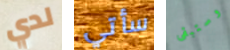
لدي سأتي وستبقى